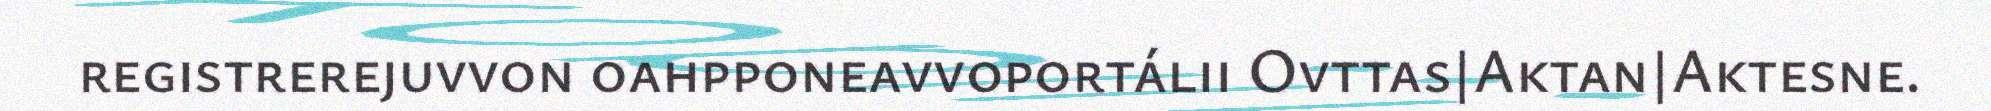
registrerejuvvon oahpponeavvoportálii Ovttas|Aktan|Aktesne.